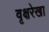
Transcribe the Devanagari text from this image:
वृक्षरेखा